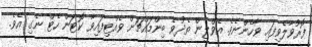
ފޮރުވާލެވިފައި ވާހެންނެވެ. އެވްލީން ތެދުވެ ބިންމައްޗަށް ވެއްޓިފައިވާ ކޮޓަން ހެޓް ނެގި އެވެ.